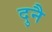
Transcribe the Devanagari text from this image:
दुनै